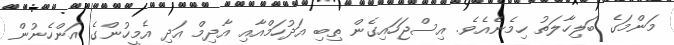
މަންމަގެ ބަލިހާލަތު ހިމެނެއެވެ. އިސްޖަހައިގެން ތިބި އަދުހަމްއާއި އާދިމް އަދި އެމީހުންގެ އަންހެނުން